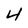
Character: 4